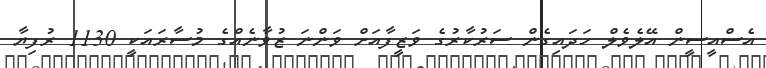
އެސްއީސީން އޭލެވެލް ހަދައިގެން ސަރުކާރުގެ ވަޒީފާއަށް ވަންނަ ޒުވާނެއްގެ މުސާރައަކީ 1130 ރުފިޔާ